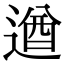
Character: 遒